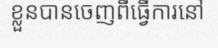
ខ្លួនបានចេញពីធ្វើការនៅ